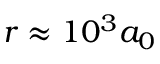
r \approx 1 0 ^ { 3 } a _ { 0 }